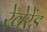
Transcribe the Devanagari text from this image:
रेवेरेंड